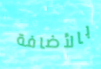
بالأضافة